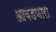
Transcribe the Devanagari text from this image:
आवडणारा